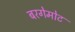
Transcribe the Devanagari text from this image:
बरगेमोट